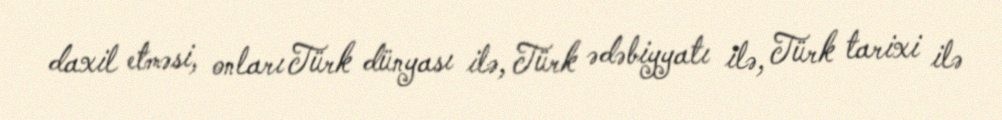
daxil etməsi, onları Türk dünyası ilə, Türk ədəbiyyatı ilə, Türk tarixi ilə